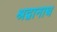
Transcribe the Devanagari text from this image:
श्रद्वानाथ